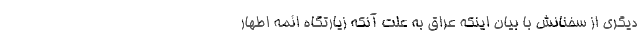
دیگری از سخنانش با بیان اینکه عراق به علت آنکه زیارتگاه ائمه اطهار